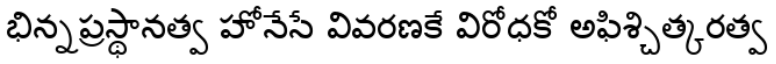
భిన్నప్రస్థానత్వ హోనేసే వివరణకే విరోధకో అఫిశ్చిత్కరత్వ